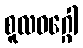
စူလဝဂ္ဂေါ